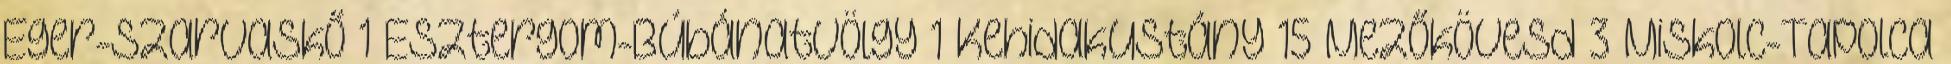
Eger-Szarvaskő 1 Esztergom-Búbánatvölgy 1 Kehidakustány 15 Mezőkövesd 3 Miskolc-Tapolca